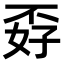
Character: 孬